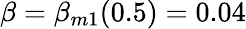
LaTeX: \beta=\beta_{m1}(0.5)=0.04